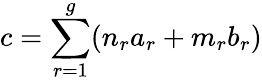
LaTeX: c=\sum_{r=1}^{g}(n_{r}a_{r}+m_{r}b_{r})